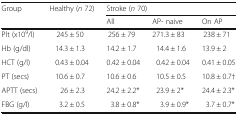
<table><thead><tr><td rowspan="2"><b>Group</b></td><td rowspan="2"><b>Healthy (<i>n</i> 72)</b></td><td colspan="3"><b>Stroke (<i>n</i> 70)</b></td></tr><tr><td><b>All</b></td><td><b>AP- naive</b></td><td><b>On AP</b></td></tr></thead><tbody><tr><td>Plt (x10<sup>9</sup>/l)</td><td>245 ± 50</td><td>256 ± 79</td><td>271.3 ± 83</td><td>238 ± 71</td></tr><tr><td>Hb (g/dl)</td><td>14.3 ± 1.3</td><td>14.2 ± 1.7</td><td>14.4 ± 1.6</td><td>13.9 ± 2</td></tr><tr><td>HCT (g/l)</td><td>0.43 ± 0.04</td><td>0.42 ± 0.04</td><td>0.42 ± 0.04</td><td>0.41 ± 0.05</td></tr><tr><td>PT (secs)</td><td>10.6 ± 0.7</td><td>10.6 ± 0.6</td><td>10.5 ± 0.5</td><td>10.8 ± 0.7†</td></tr><tr><td>APTT (secs)</td><td>26 ± 2.3</td><td>24.2 ± 2.2*</td><td>23.9 ± 2*</td><td>24.4 ± 2.3*</td></tr><tr><td>FBG (g/l)</td><td>3.2 ± 0.5</td><td>3.8 ± 0.8*</td><td>3.9 ± 0.9*</td><td>3.7 ± 0.7*</td></tr></tbody></table>